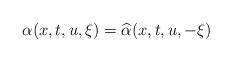
LaTeX: \begin{align*} \alpha(x,t,u,\xi)=\widehat{\alpha}(x,t,u,-\xi)\end{align*}